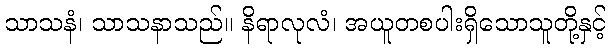
သာသနံ၊ သာသနာသည်။ နိရာလုလံ၊ အယူတစပါးရှိသောသူတို့နှင့်